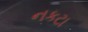
નકટા